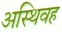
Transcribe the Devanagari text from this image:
अस्थिवह